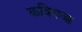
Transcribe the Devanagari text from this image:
कविराजा